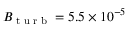
B _ { \textrm { t u r b } } = 5 . 5 \times 1 0 ^ { - 5 }